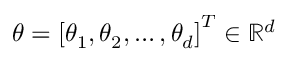
{ \boldsymbol { \theta } } = \left[ \theta _ { 1 } , \theta _ { 2 } , \dots , \theta _ { d } \right] ^ { T } \in \mathbb { R } ^ { d }